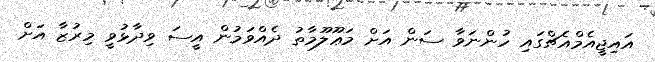
އައިޖީއެމްއެޗްގައި ހުންނަވާ ސަން އަށް މަޢޫލޫމާތު ދެއްވަމުން އީސަ ވިދާޅުވީ މިރުޒާ އަށް